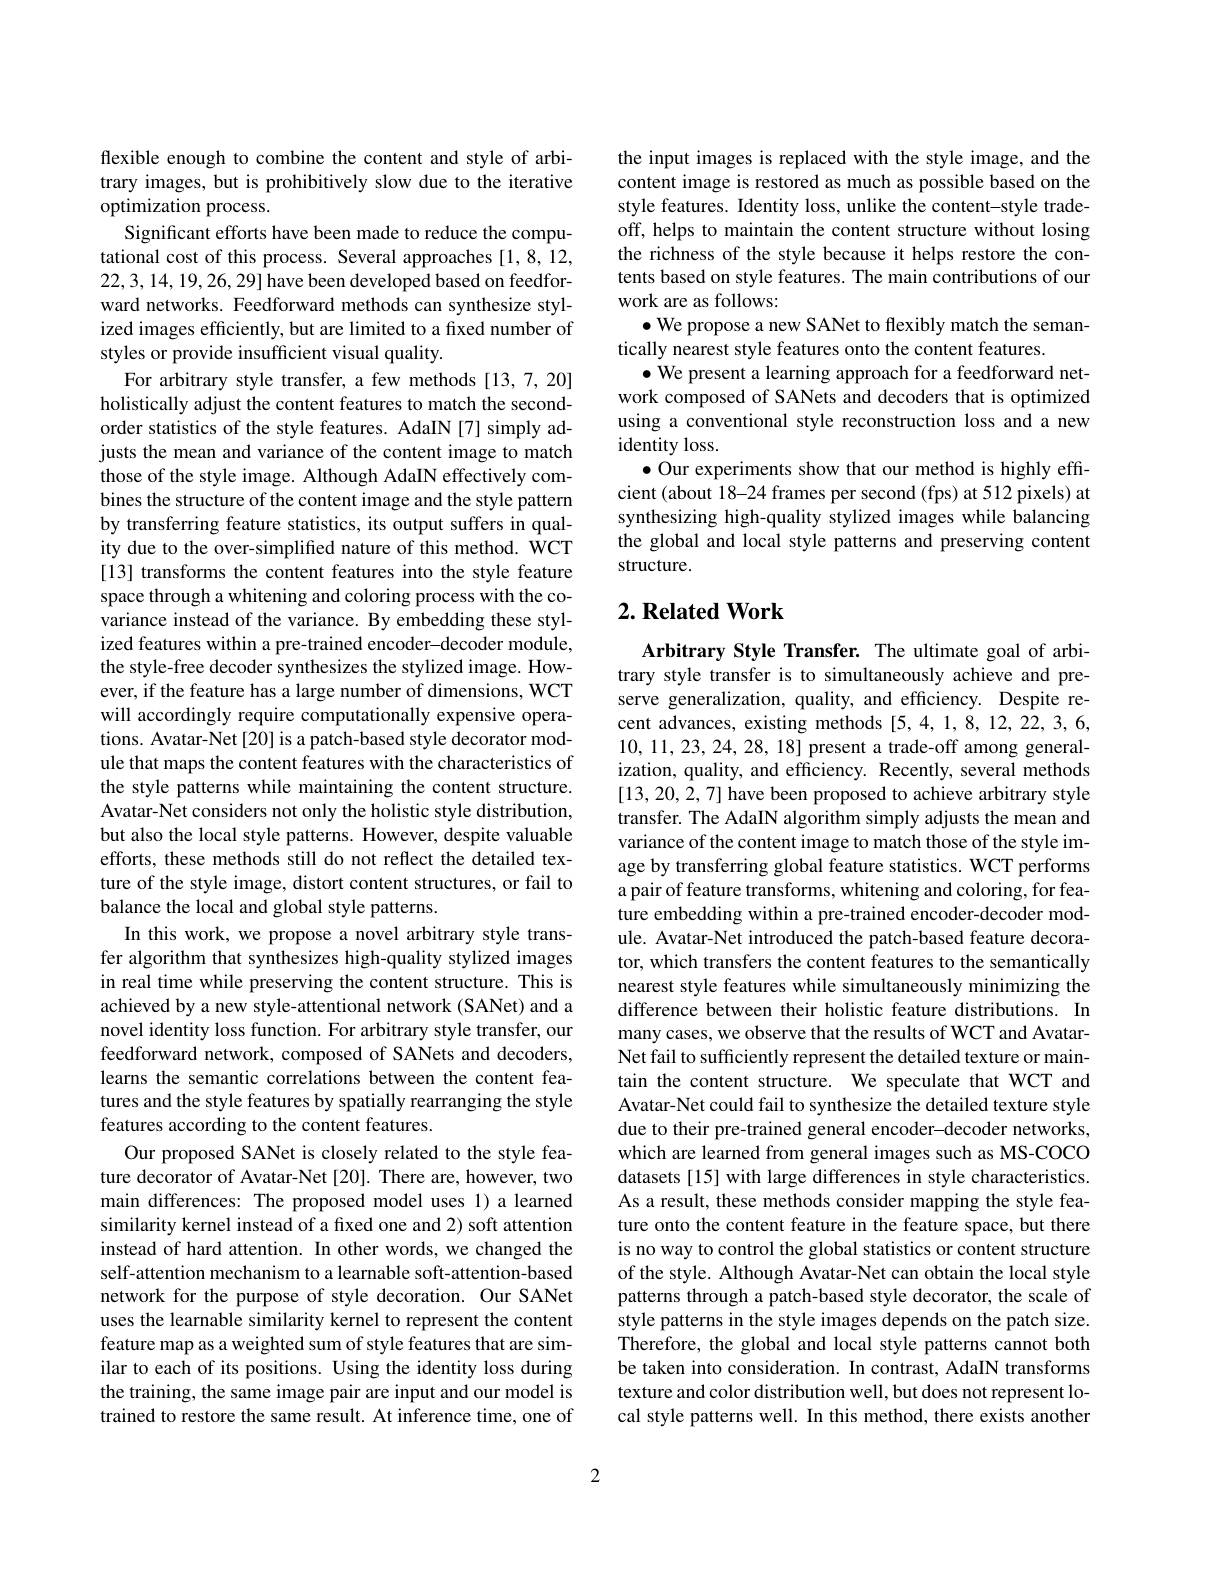
flexible enough to combine the content and style of arbitrary images, but is prohibitively slow due to the iterative optimization process.
Significant efforts have been made to tational cost of this process. Several approaches [1,8,12, 22,3,14,19,26,29] have been developed based on feedforward networks. Feedforward methods can ized images efficiently, but are limited to a fixed number of styles or provide insufficient visual quality.
For arbitrary style transfer, a few methods[13,7,20] holistically adjust the content features to match the secondorder statistics of the style features. AdaIN[7] simply adjusts the mean and variance of the content image to match those of the style image. Although AdaIN effectively combines the structure of the content ima by transferring feature statistics, its output suffers in quality due to the over-simplified nature of this method. WCT [13] transforms the content features i space through a whitening and coloring process with the covariance instead of the variance. By e ized features within a pre-trained encoder-decoder module, the style-free decoder synthesizes the stylized image. However, if the feature has a large number of dimensions, WCT will accordingly require computationally expensive operations. Avatar-Net[20] is a patch-based style decorator module that maps the content features wit the style patterns while maintaining the content structure. Avatar-Net considers not only the holi but also the local style patterns. However, despite valuable efforts, these methods still do not reflect the detailed texture of the style image, distort conte balance the local and global style patterns.
In this work, we propose a novel arbitrary style transfer algorithm that synthesizes high-quality stylized images in real time while preserving the content structure. This is achieved by a new style-attentional network (SANet) and a novel identity loss function. For arbitrary style transfer, our feedforward network, composed of SANets and decoders, learns the semantic correlations between the content features and the style features by spatially rearranging the style features according to the content features.
Our proposed SANet is closely related to the style feature decorator of Avatar-Net [20]. There are, however, two main differences: The proposed model u similarity kernel instead of a fixed one and 2) soft attention instead of hard attention. In other words, we changed the self-attention mechanism to a learnable soft-attention-based network for the purpose of style decoration. Our SANet uses the learnable similarity kernel to represent the content feature map as a weighted sum of style features that are similar to each of its positions. Using the identity loss during the training, the same image pair are input and our model is trained to restore the same result. At inference time, one of

the input images is replaced with the style image, and the content image is restored as much as p style features. Identity loss, unlike off, helps to maintain the content structure without losing the richness of the style because it helps restore the contents based on style features. The main contributions of our work are as follows:
$\bullet$ We propose a new SANet to flexibly match the seman-
tically nearest style features onto the content features.
$\bullet$ We present a learning approach for a feedforward network composed of SANets and decoders that is optimized using a conventional style reconstruction loss and a new identity loss.
$\bullet$ Our experiments show that our meth cient (about 18-24 frames per second ( synthesizing high-quality stylized images while balancing the global and local style patterns and preserving content structure.

## $2. \textbf{Related Work}$

Arbitrary Style Transfer. The ultimate goal of arbitrary style transfer is to simultaneously achieve and preserve generalization, quality, and efficiency. Despite recent advances, existing methods [5,4,110,11,23,24,28,18] present a trade-off among generalization, quality, and efficiency. Recently, several methods [13,20,2,7] have been proposed to achieve arbitrary style transfer. The AdaIN algorithm simply adjusts the mean and variance of the content image to match those of the style image by transferring global feature sta a pair of feature transforms, whitenin ture embedding within a pre-trained encoder-decoder module. Avatar-Net introduced the patch-based feature decorator, which transfers the content features to the semantically nearest style features while simultaneously minimizing the difference between their holistic feature distributions. In many cases, we observe that the results of WCT and AvatarNet fail to sufficiently represent the detailed texture or maintain the content structure. We speculate that WCT and Avatar-Net could fail to synthesize the detailed texture style due to their pre-trained general encoder-decoder networks, which are learned from general images datasets [15] with large differences in style characteristics. As a result, these methods consider mapping the style feature onto the content feature in the feature space, but there is no way to control the global statistics or content structure of the style. Although Avatar-Net can obtain the local style patterns through a patch-based style decorator, the scale of style patterns in the style images depends on the patch size. Therefore, the global and local style patterns cannot both be taken into consideration. In contra texture and color distribution well, but does not represent local style patterns well. In this method, there exists another

2